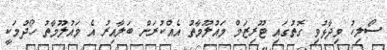
ސޯލިހު ވިދާޅުވި ގޮތުގައި ޓޫރިޒަމް މައުލޫމާތު އެއްކުރަން ބަލާއިރު އެ މައުލޫމާތު ހޯދުމަކީ